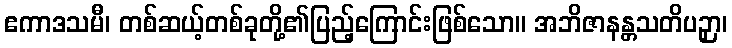
ဧကာဒသမီ၊ တစ်ဆယ့်တစ်ခုတို့၏ပြည့်ကြောင်းဖြစ်သော။ အဘိဇာနန္တသတိပဉှာ၊